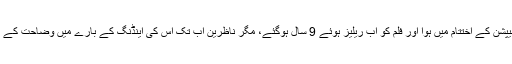
ایسا ہی انسیپشن کے اختتام میں ہوا اور فلم کو اب ریلیز ہوئے 9 سال ہوگئے، مگر ناظرین اب تک اس کی اینڈنگ کے بارے میں وضاحت کے منتظر ہیں۔